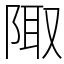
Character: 陬